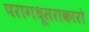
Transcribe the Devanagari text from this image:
परागधूसराकारो